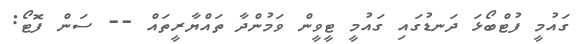
ގައުމީ ފުޓްބޯޅަ ދަނޑުގައި ގައުމީ ޓީވީން ވަމުންދާ ތައްޔާރީތައް -- ސަން ފޮޓޯ: